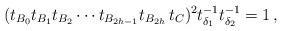
LaTeX: \begin{align*}(t_{B_0} t_{B_1} t_{B_2} \cdots t_{B_{2h-1}} t_{B_{2h}} \, t_C )^2 t^{-1}_{\delta_1} t^{-1}_{\delta_2} = 1 \, ,\end{align*}